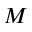
M